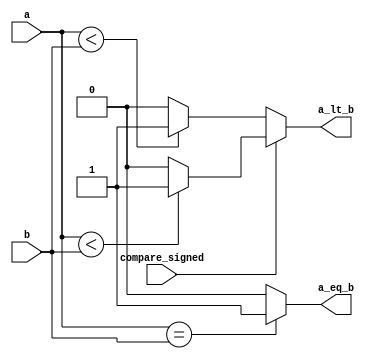
`timescale 1ns / 1ps
//////////////////////////////////////////////////////////////////////////////////
// Company: 
// Engineer: 
// 
// Design Name: 
// Module Name: Compare_Unit
// Project Name: 
// Target Devices: 
// Tool Versions: 
// Description: 
// 
// Dependencies: 
// 
// Revision:
// Revision 0.01 - File Created
// Additional Comments:
// 
//////////////////////////////////////////////////////////////////////////////////


module Compare_Unit(
    input wire [31:0] a, b, 
    input wire compare_signed, // if(unsigned operation) => 1 ; else => 0
    output a_lt_b, a_eq_b // output a less-than b | a equal-to b
    );
    
    assign a_eq_b = (a == b) ? 1'b1 : 1'b0;
    wire temp1, temp2;
    assign temp1 = ( a < b ) ? 1'b1 : 1'b0;
    assign temp2 = ( $signed(a) < $signed(b) ) ? 1'b1 : 1'b0;
    assign a_lt_b = (compare_signed) ? temp2 : temp1;
endmodule